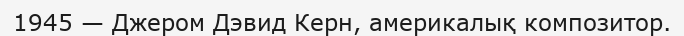
1945 — Джером Дэвид Керн, америкалық композитор.